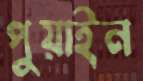
পুয়াইন